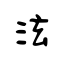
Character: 泫